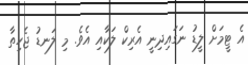
އެ ޓީމަށް ލީޑު ނަގައިދިނީ އެރިކް ލަކާއި އެވެ. މި ލަނޑު ޖެހިތާ